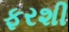
ફરશી